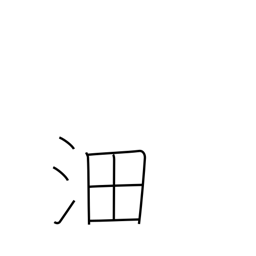
Meaning: vast surging waters